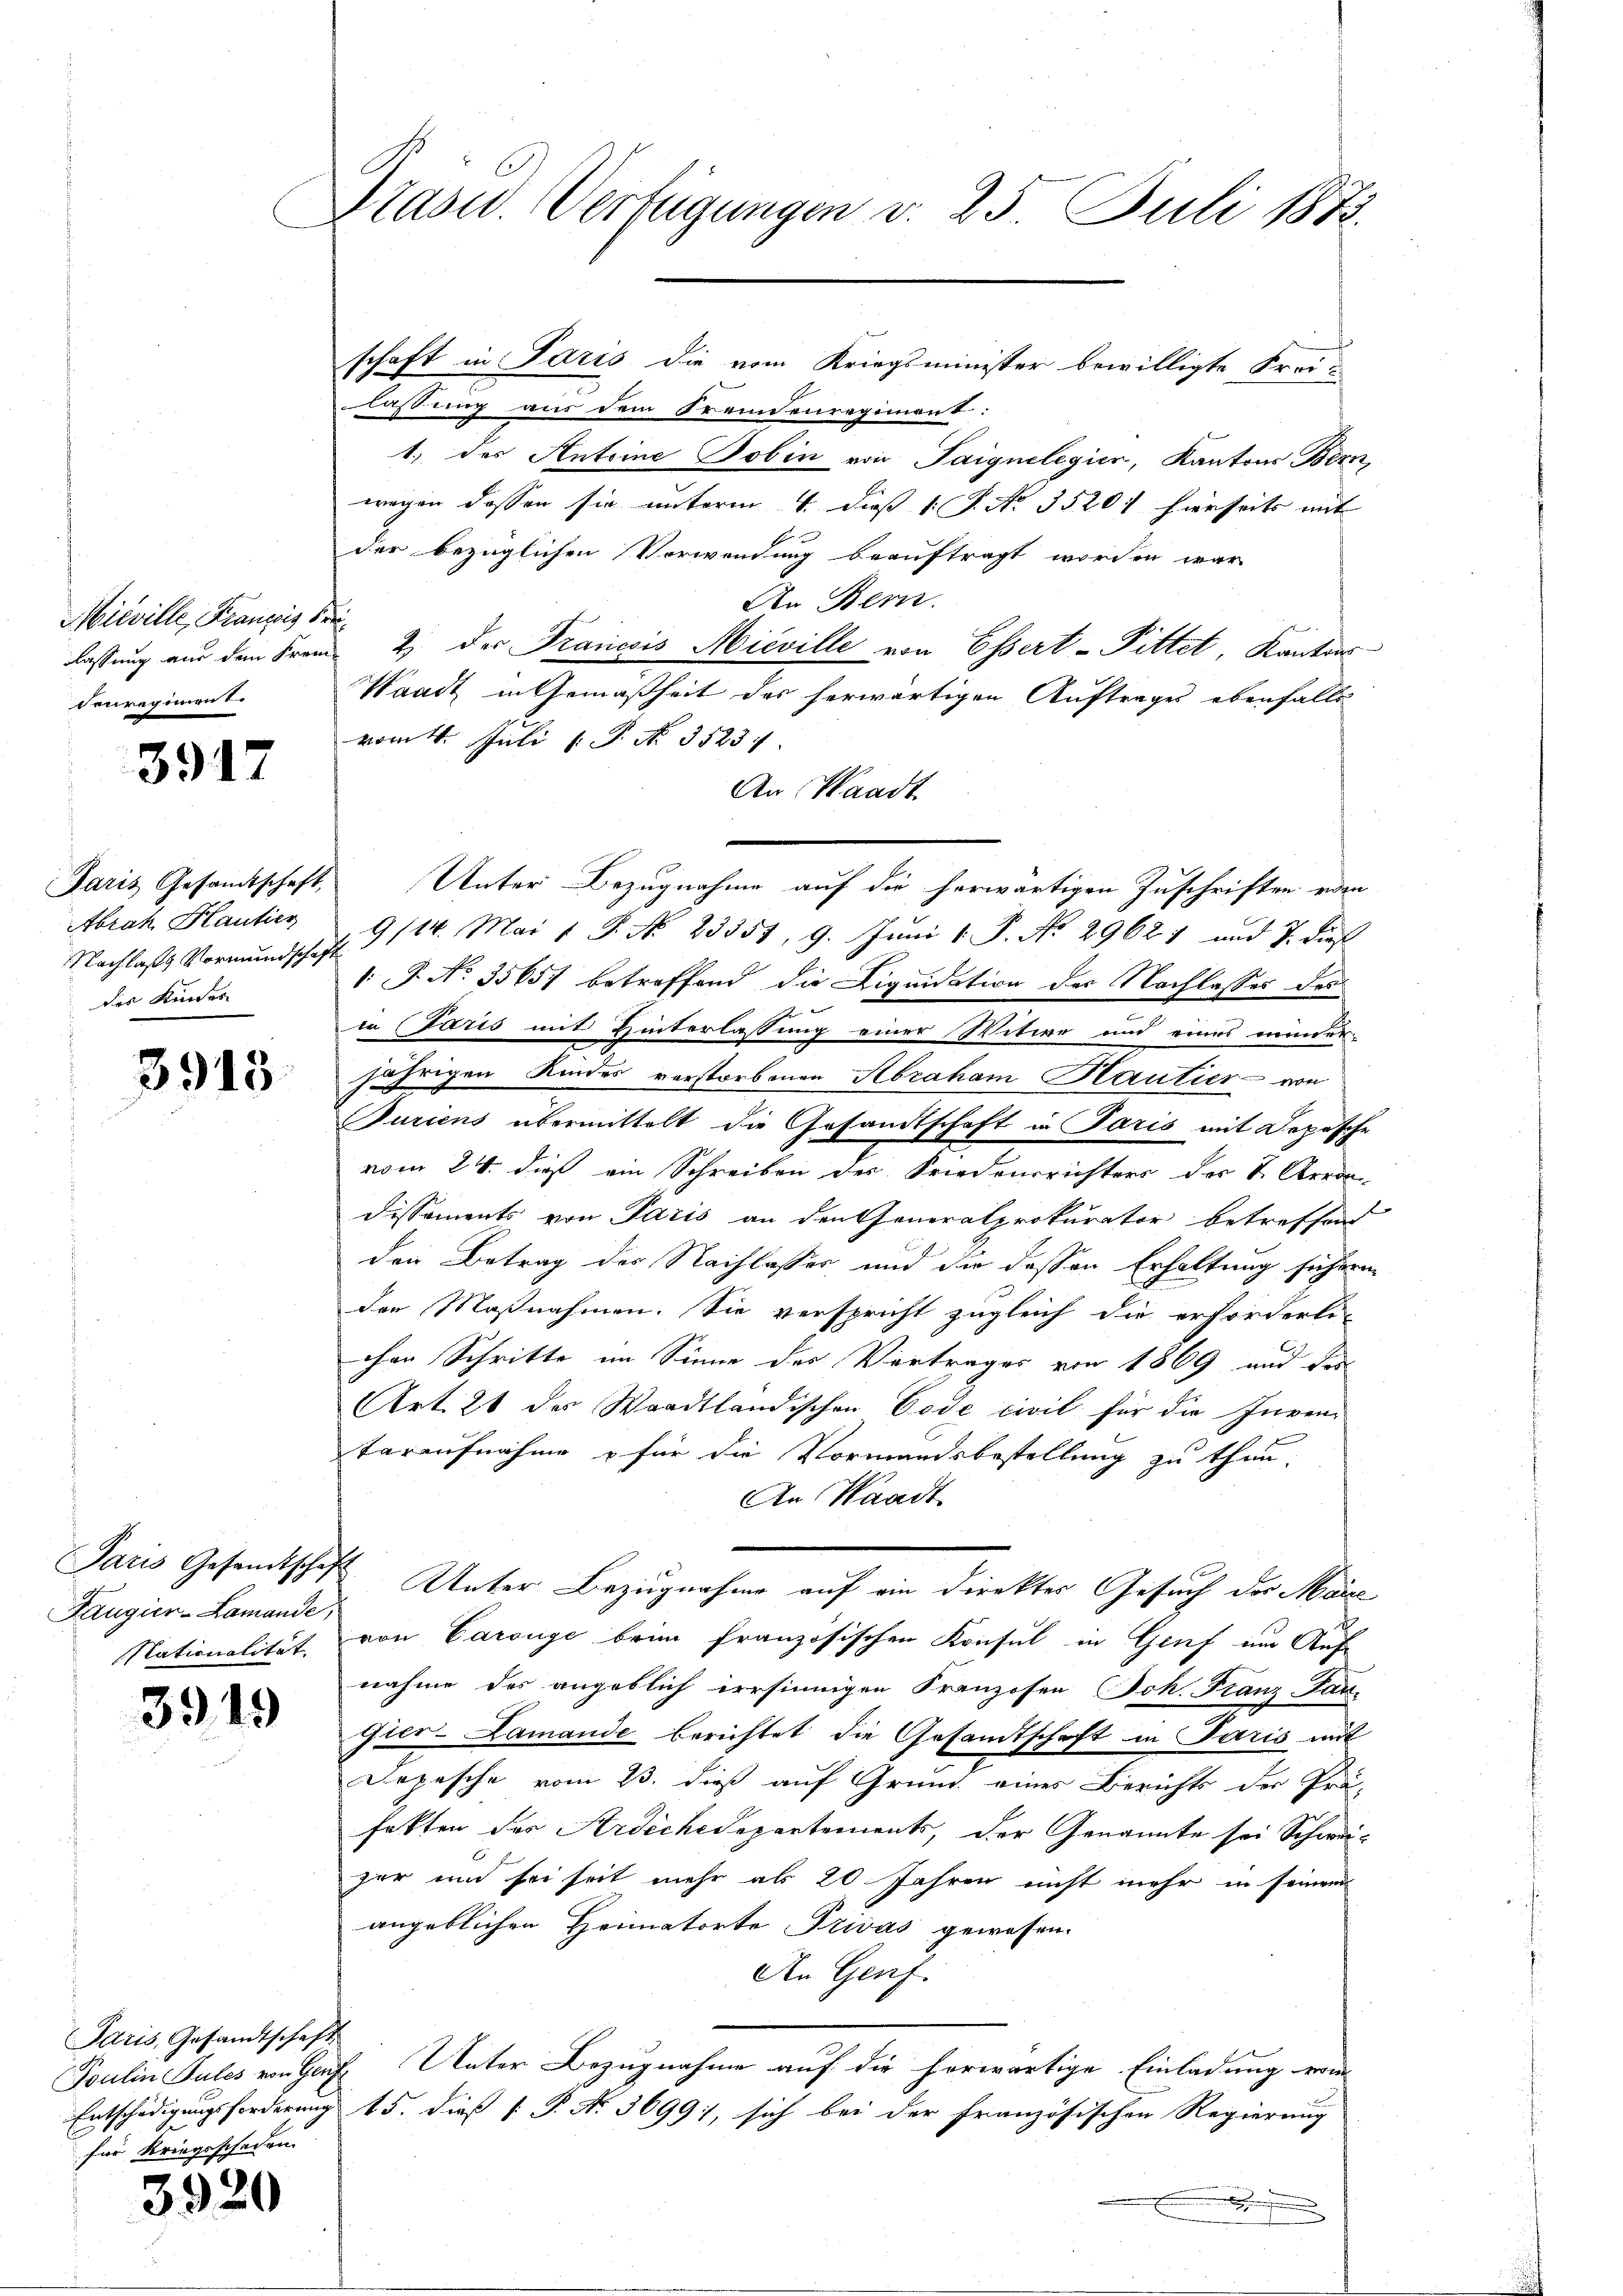
Mieville, Franzis Freivenregiment.

3917

Paris Gesandtschaft,
Abrah Hautier
Nachlass Vormundschaft
des Kinder

3915.

Paris Gesandtschaft
Fangier-Lamande,

3919

Paris, Gesandtschaft
für Kriegsschaden

3920

Präsid. Verfügungen v. 25. Juli 1873.

schaft in Paris die vom Kriegsminister bewilligte Frei-
lassung aus dem Fremdenregiment:
1.) des Anteine Tobin von Taignelegien, Kantons Bern
wegen dassen sie unterm 4. dieß 1 S. No. 3520. hierseits mit
der bezüglichen Vorwendung beauftragt worden war
An Bern.
lassung aus dem Frau & der Francois Mieville von Essert - Pittet, Kantons-
Waadt in Gemäßheit des herwärtigen Auftrages ebenfalls
vom 4. Juli [ P. No. 35231.
An Waadt
Unter Bezugnahme auf die herwärtigen Zuschriften von
9/14. Mai 1 S. No. 23358, 9. Juni 1. P. No 29621 und 7. dieß
 P. No. 35651 betreffend die Liquidation der Nachlasses des
in (Paris mit Hinterlassung einer Witwe und eines minder-
jährigen Kindes verstorbenen Abraham Kautier von
Puriens übermittelt die Gesandtschaft in Paris mit Depesche
vom 24. dieß ein Schreiben des Friedensrichters der v. Aeron
Dissements von Paris an den Generalprokurator betreffend
den Betrag des Nachlasser und die dessen Erhaltung sichern
den Maßnahmen. Sie verspricht zugleich die erforderli-
chen Schritte im Sinne des Vertrages von 1869 und der
Art. 26 des Waadtländischen Code civil für die Inven-
taraufnahme & für die Vormundsbestellung zu thun.
An Waadt
Unter Bezugnahme auf ein Direktes Gesuch der Mare
Nationalität, von Carouge beim französischen Konsul in Genf um Auf
nahme des angeblich irrsinnigen Kranzosen Joh. Franz-Par-
gier-Lamande berichtet die Gesandtschaft in Paris mit
Depesche vom 23. dieß auf Grund eines Berichts der Prä-
fekten des Ardeckedepartements, der Genannte sei Schwajer und sei seit mehr als 20 Jahren nicht mehr in seinem
angeblichen Heimatorte Privas gewesen.
An Genf.
Foulin Sules von Gauf Unter Bezugnahme auf die herwärtige Einladung von
Entschädigungsforderung 15. dieß P. Nr. 3699), sich bei der französischen Regierung
.